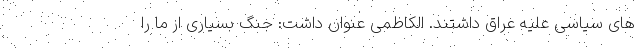
های سیاسی علیه عراق داشتند. الکاظمی عنوان داشت: جنگ بسیاری از ما را